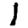
Digit: 1